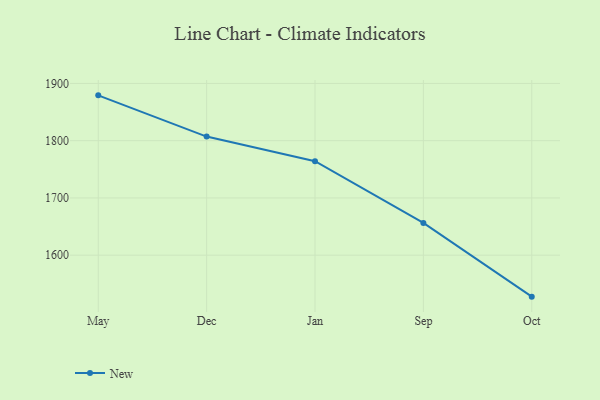
{"axis": {"x": "Month", "y": "Backlog"}, "legend": ["New"], "data": [{"x": "May", "y": 1879.2, "type": "New"}, {"x": "Dec", "y": 1807.2, "type": "New"}, {"x": "Jan", "y": 1764.1, "type": "New"}, {"x": "Sep", "y": 1656.3, "type": "New"}, {"x": "Oct", "y": 1527.6, "type": "New"}]}